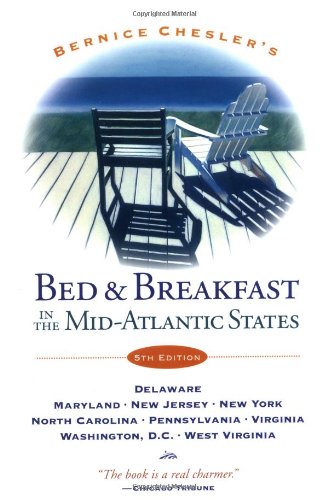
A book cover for Bernice Chesler's Bed & Breakfast in the Mid-Atlantic States: Fifth Edition--Delaware, Maryland, New Jersey, New York, North Carolina, Pennsylvania, ... and Breakfast in the Mid-Atlantic States); Bernice Chesler; Travel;